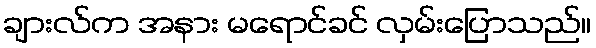
ချားလ်က အနား မရောင်ခင် လှမ်းပြောသည်။